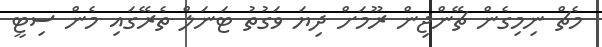
މެޗް ނިމިގެން ޗޭންޖިން ރޫމަށް ދިޔަ ވަގުތު ޓަނަލް ތެރޭގައި މެން ސިޓީ